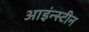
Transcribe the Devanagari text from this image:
आइंन्स्टीन